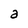
Character: a